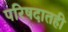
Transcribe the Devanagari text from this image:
परिषदातही